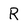
Character: R